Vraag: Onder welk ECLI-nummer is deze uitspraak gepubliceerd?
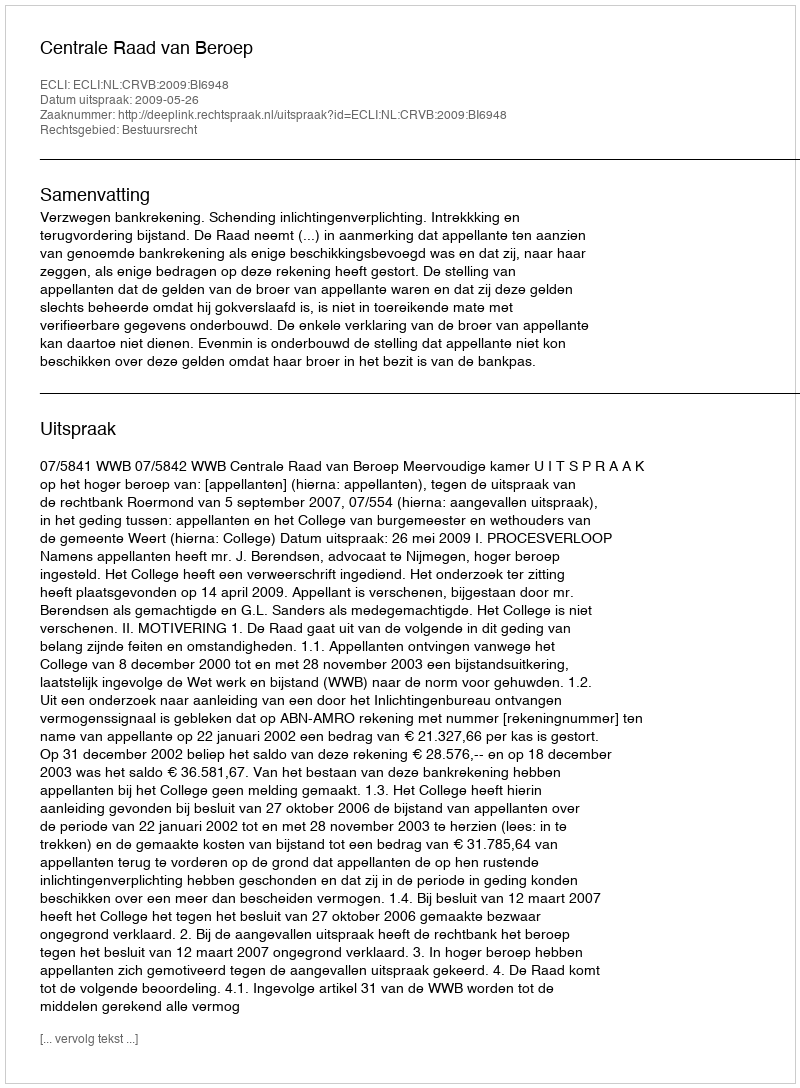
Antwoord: ECLI:NL:CRVB:2009:BI6948